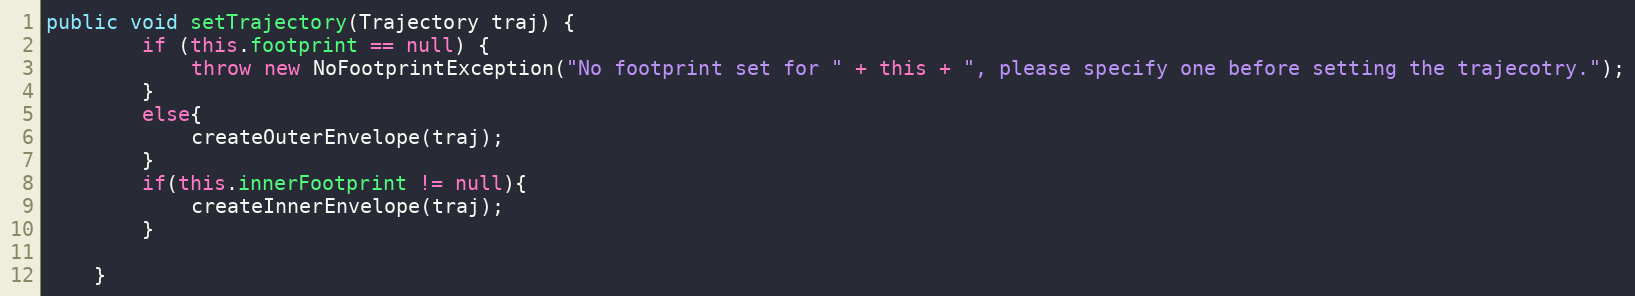
Language: Java
public void setTrajectory(Trajectory traj) {
		if (this.footprint == null) {
			throw new NoFootprintException("No footprint set for " + this + ", please specify one before setting the trajecotry.");
		}
		else{
			createOuterEnvelope(traj);
		}
		if(this.innerFootprint != null){
			createInnerEnvelope(traj);
		}

	}